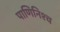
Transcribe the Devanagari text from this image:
पाणिनिश्च